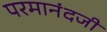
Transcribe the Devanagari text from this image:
परमानंदजी